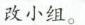
改小组。